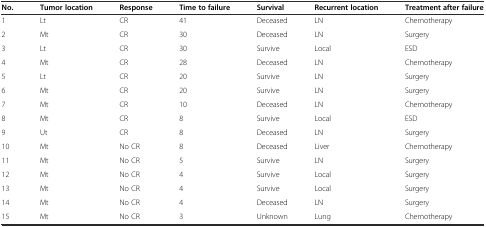
<table><thead><tr><td><b>No.</b></td><td><b>Tumor location</b></td><td><b>Response</b></td><td><b>Time to failure</b></td><td><b>Survival</b></td><td><b>Recurrent location</b></td><td><b>Treatment after failure</b></td></tr></thead><tbody><tr><td>1</td><td>Lt</td><td>CR</td><td>41</td><td>Deceased</td><td>LN</td><td>Chemotherapy</td></tr><tr><td>2</td><td>Mt</td><td>CR</td><td>30</td><td>Deceased</td><td>LN</td><td>Surgery</td></tr><tr><td>3</td><td>Lt</td><td>CR</td><td>30</td><td>Survive</td><td>Local</td><td>ESD</td></tr><tr><td>4</td><td>Mt</td><td>CR</td><td>28</td><td>Deceased</td><td>LN</td><td>Chemotherapy</td></tr><tr><td>5</td><td>Lt</td><td>CR</td><td>20</td><td>Survive</td><td>LN</td><td>Surgery</td></tr><tr><td>6</td><td>Mt</td><td>CR</td><td>20</td><td>Survive</td><td>LN</td><td>Surgery</td></tr><tr><td>7</td><td>Mt</td><td>CR</td><td>10</td><td>Deceased</td><td>LN</td><td>Chemotherapy</td></tr><tr><td>8</td><td>Mt</td><td>CR</td><td>8</td><td>Survive</td><td>Local</td><td>ESD</td></tr><tr><td>9</td><td>Ut</td><td>CR</td><td>8</td><td>Deceased</td><td>LN</td><td>Surgery</td></tr><tr><td>10</td><td>Mt</td><td>No CR</td><td>8</td><td>Deceased</td><td>Liver</td><td>Chemotherapy</td></tr><tr><td>11</td><td>Mt</td><td>No CR</td><td>5</td><td>Survive</td><td>LN</td><td>Surgery</td></tr><tr><td>12</td><td>Mt</td><td>No CR</td><td>4</td><td>Survive</td><td>Local</td><td>Surgery</td></tr><tr><td>13</td><td>Mt</td><td>No CR</td><td>4</td><td>Survive</td><td>Local</td><td>Surgery</td></tr><tr><td>14</td><td>Mt</td><td>No CR</td><td>4</td><td>Deceased</td><td>LN</td><td>Surgery</td></tr><tr><td>15</td><td>Mt</td><td>No CR</td><td>3</td><td>Unknown</td><td>Lung</td><td>Chemotherapy</td></tr></tbody></table>